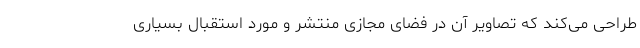
طراحی می‌کند که تصاویر آن در فضای مجازی منتشر و مورد استقبال بسیاری